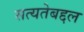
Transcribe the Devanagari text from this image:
सत्यतेबद्दल